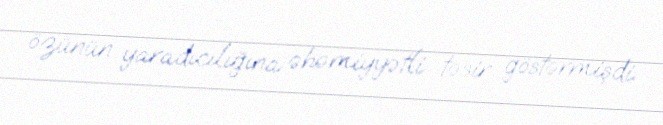
özünün yaradıcılığına əhəmiyyətli təsir göstərmişdi.